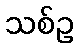
သစ်ဥ